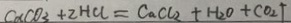
C _ { 2 } C O _ { 3 } + 2 H C l = C a C l _ { 2 } + H _ { 2 } O + C O _ { 2 } \uparrow